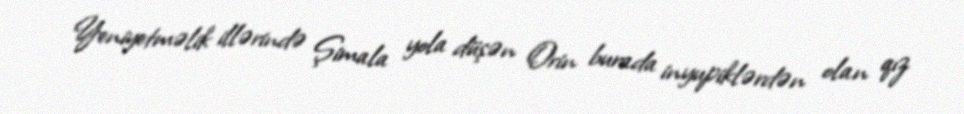
Yeniyetməlik illərində Şimala yola düşən Orin burada inyupiklərdən olan qız